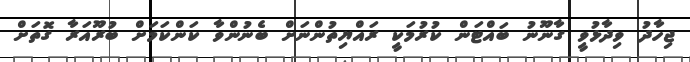
ޖިހާދު ވިދާޅުވީ ގާނޫނު ބައްޓަން ކުރުމަކީ ރައްޔިތުންނަށް ބެނުންވާ ކަންކަމަށް ބުރޫއަރާ ގޮތަށް